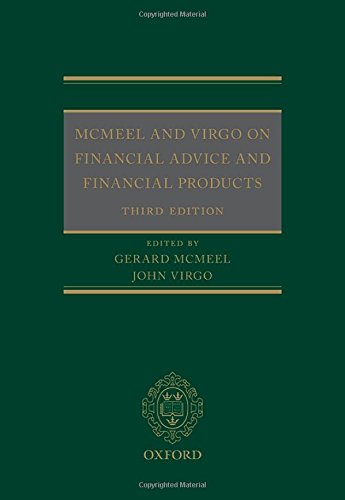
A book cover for MCMEEL AND VIRGO ON FINANCIAL ADVICE AND FINANCIAL PRODUCTS; Law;